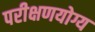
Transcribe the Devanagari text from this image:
परीक्षणयोग्य